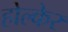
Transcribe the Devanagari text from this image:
होल्केर